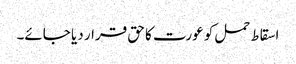
اسقاط حمل کو عورت کا حق قرار دیا جائے۔